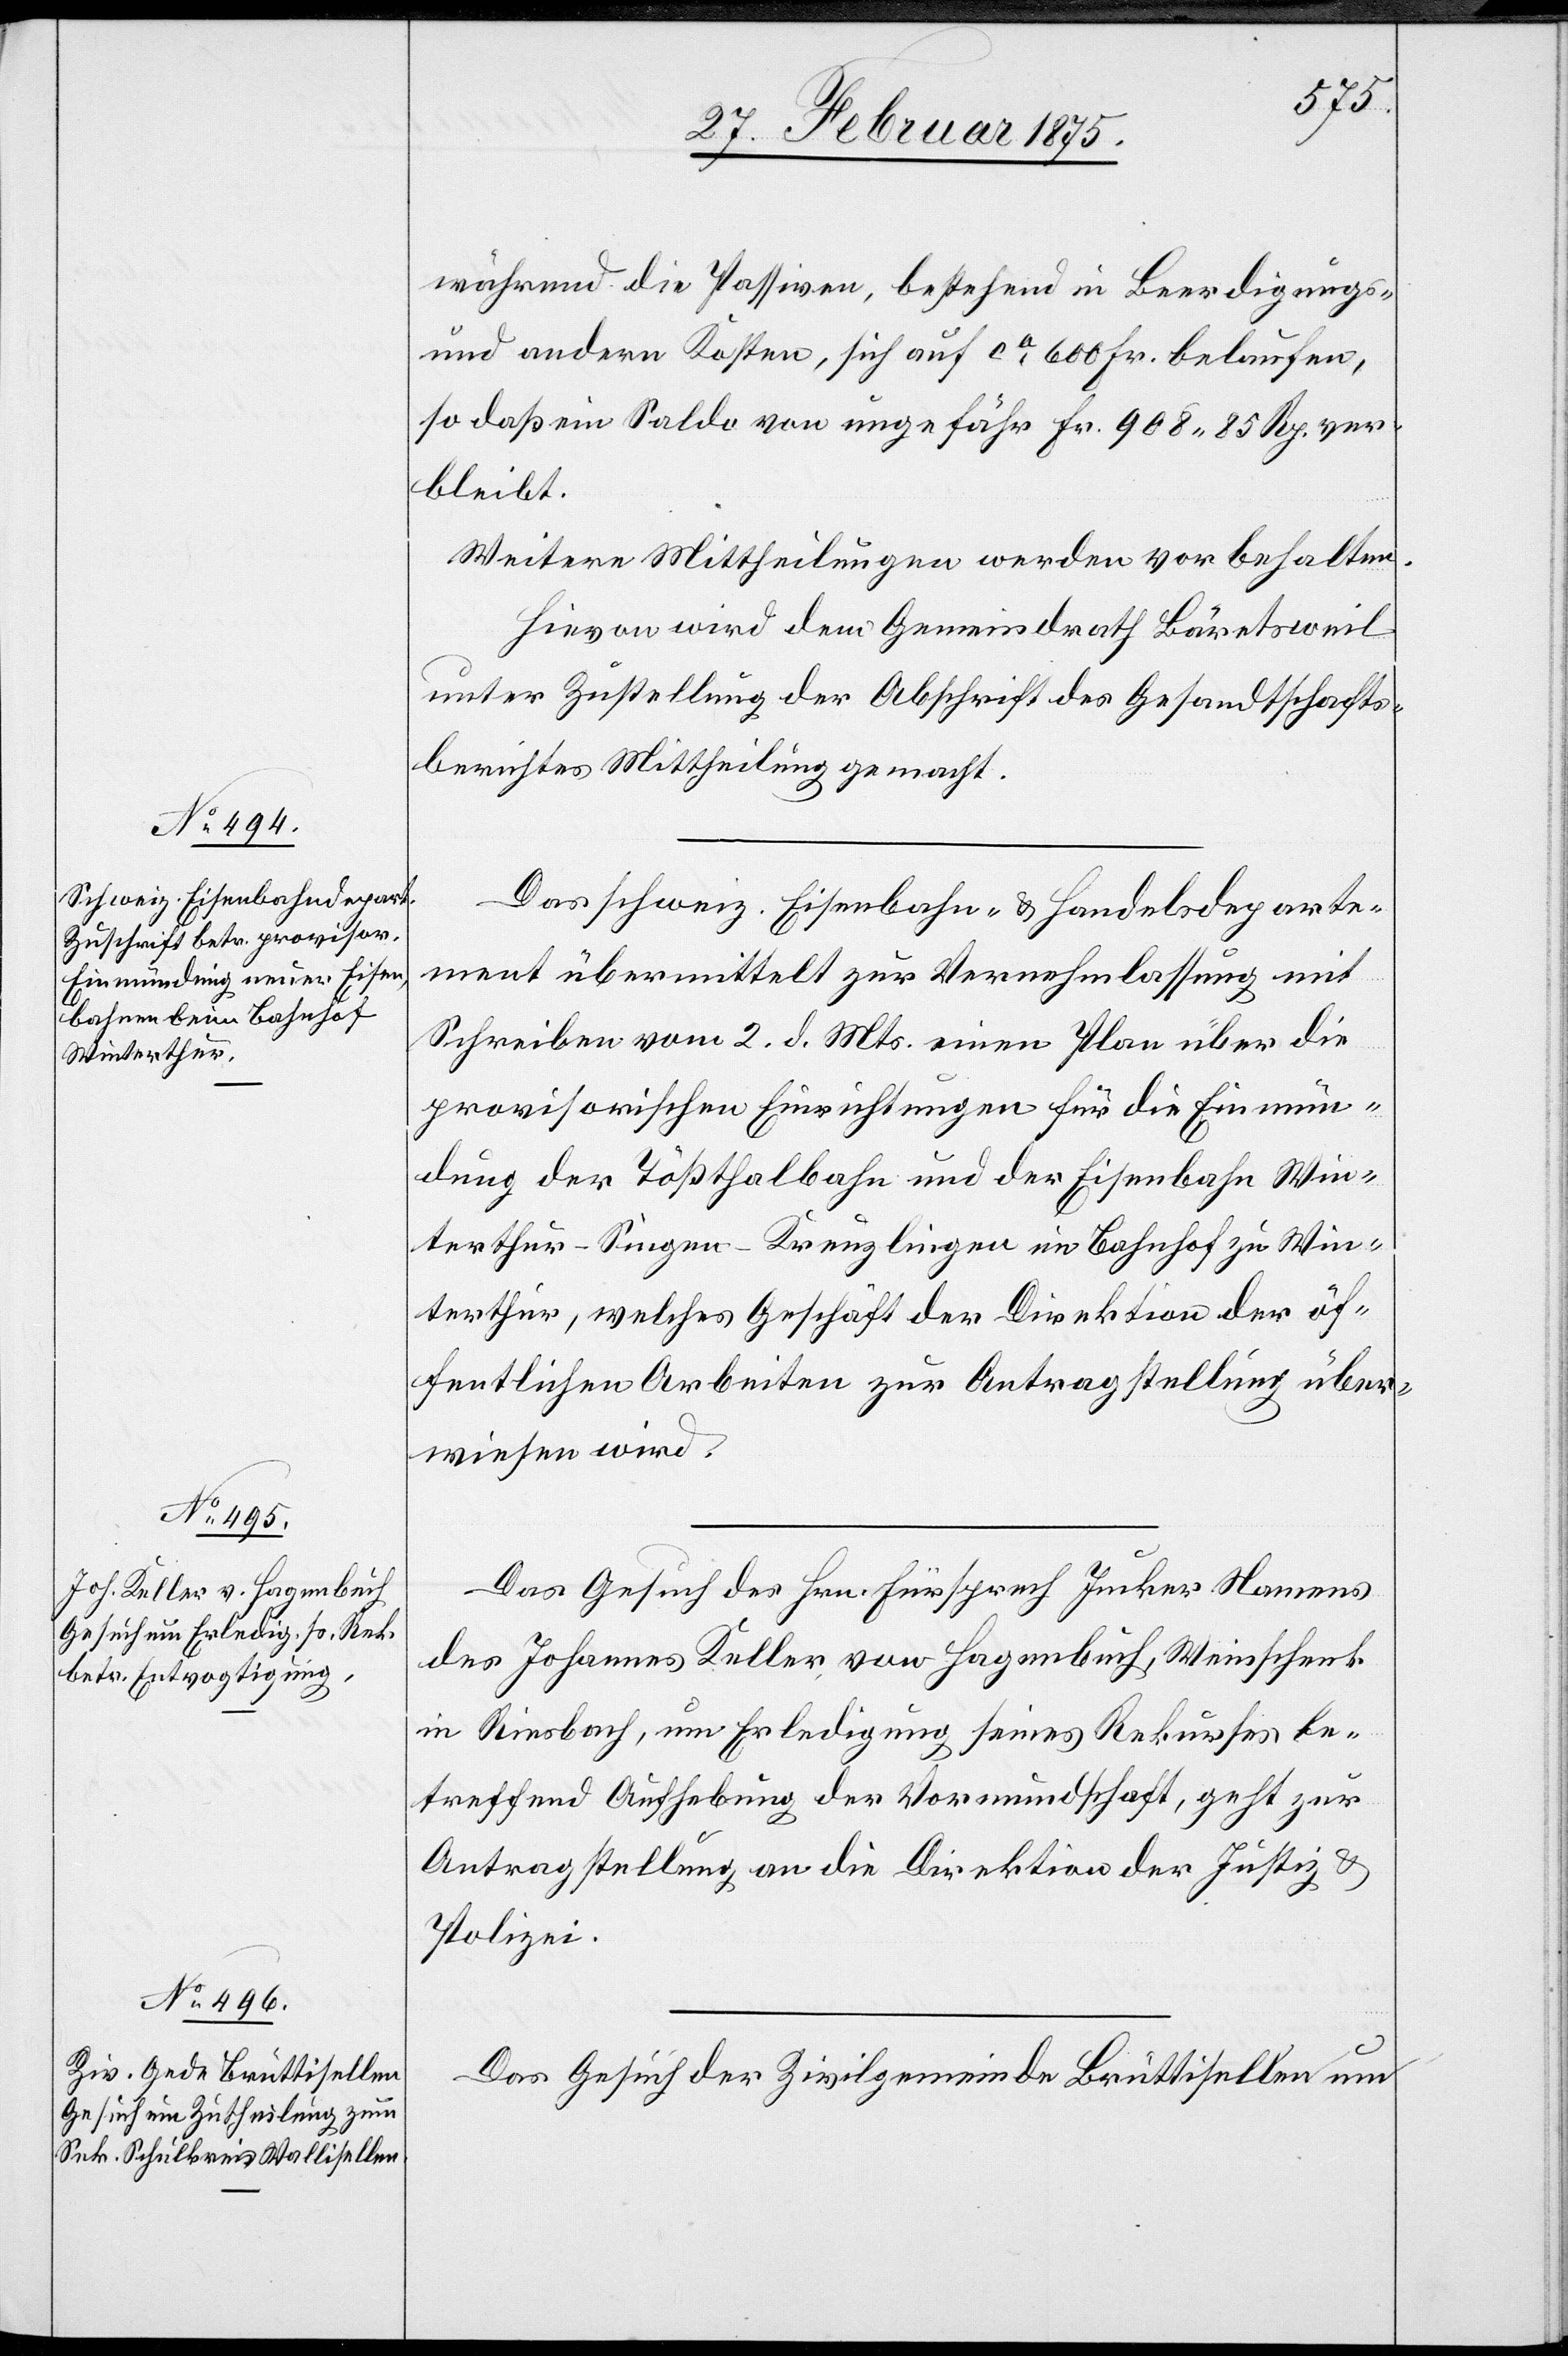
während die Passiven, bestehend in Beerdigungs-
und andern Kosten, sich auf ca 600 Fr. belaufen,
so daß ein Saldo von ungefähr Fr. 908. 85 Rp. ver¬
bleibt.
Weitere Mittheilungen werden vorbehalten.
Hievon wird dem Gemeindrath Bäretsweil
unter Zustellung der Abschrift des Gesandschafts¬
berichtes Mittheilung gemacht.
Das schweiz. Eisenbahn- u. Handelsdeparte¬
ment übermittelt zur Vernehmlassung mit
Schreiben vom 2. d. Mts. einen Plan über die
provisorischen Einrichtungen für die Einmün¬
dung der Tößthalbahn und der Eisenbahn Win¬
terthur–Singen–Kreuzlingen im Bahnhof zu Win¬
terthur, welches Geschäft der Direktion der öf¬
fentlichen Arbeiten zur Antragstellung über¬
wiesen wird.
Das Gesuch des Hrn. Fürsprech Junker Namens
des Johannes Keller von Hagenbuch, Weinschenk
in Riesbach, um Erledigung seines Rekurses be¬
treffend Aufhebung der Vormundschaft, geht zur
Antragstellung an die Direktion der Justiz &
Polizei.
Das Gesuch der Zivilgemeinde Brüttisellen um